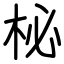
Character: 柲